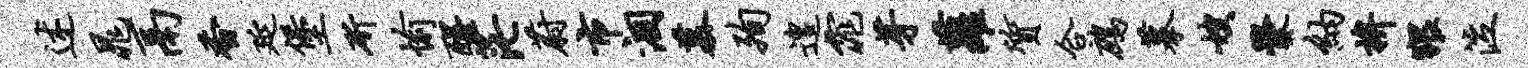
述晁鬲香延堡斫愉醒茫蔚市涸慕殉遑窕芽萝质合鹧摹嫂爨纳拚猥泣